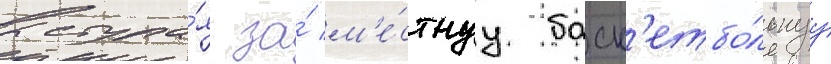
выступа́я за́ м'е́стнуу баск'етбо́льнуу